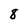
Character: 8